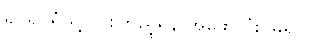
ရုပ်ရှင်ရုံသို့သွားကြည့်ရန် အဖော်လုံးဝမရှိပါ။